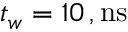
t _ { w } = 1 0 \, \mathrm { , n s }